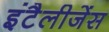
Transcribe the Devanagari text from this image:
इंटैलीजेंस